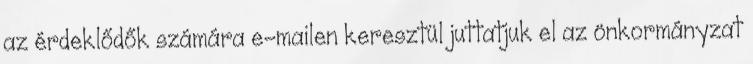
az érdeklődők számára e-mailen keresztül juttatjuk el az önkormányzat